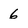
Character: 6